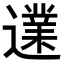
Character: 𨗩